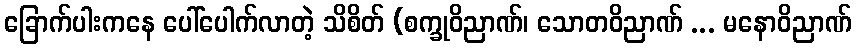
ခြောက်ပါးကနေ ပေါ်ပေါက်လာတဲ့ သိစိတ် (စက္ခုဝိညာဏ်၊ သောတဝိညာဏ် ... မနောဝိညာဏ်